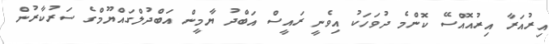
އިރުއަރާ އިރުއޮއްސޭ ކޮންމެ ދުވަހަކު އިވެނީ ރައީސް އަބްދު ޔާމީން އަބްދުލްގައްޔޫމްގެ ސަރުކާރުން